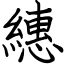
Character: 繐